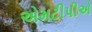
એમટીપીએ